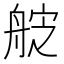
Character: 𮎑